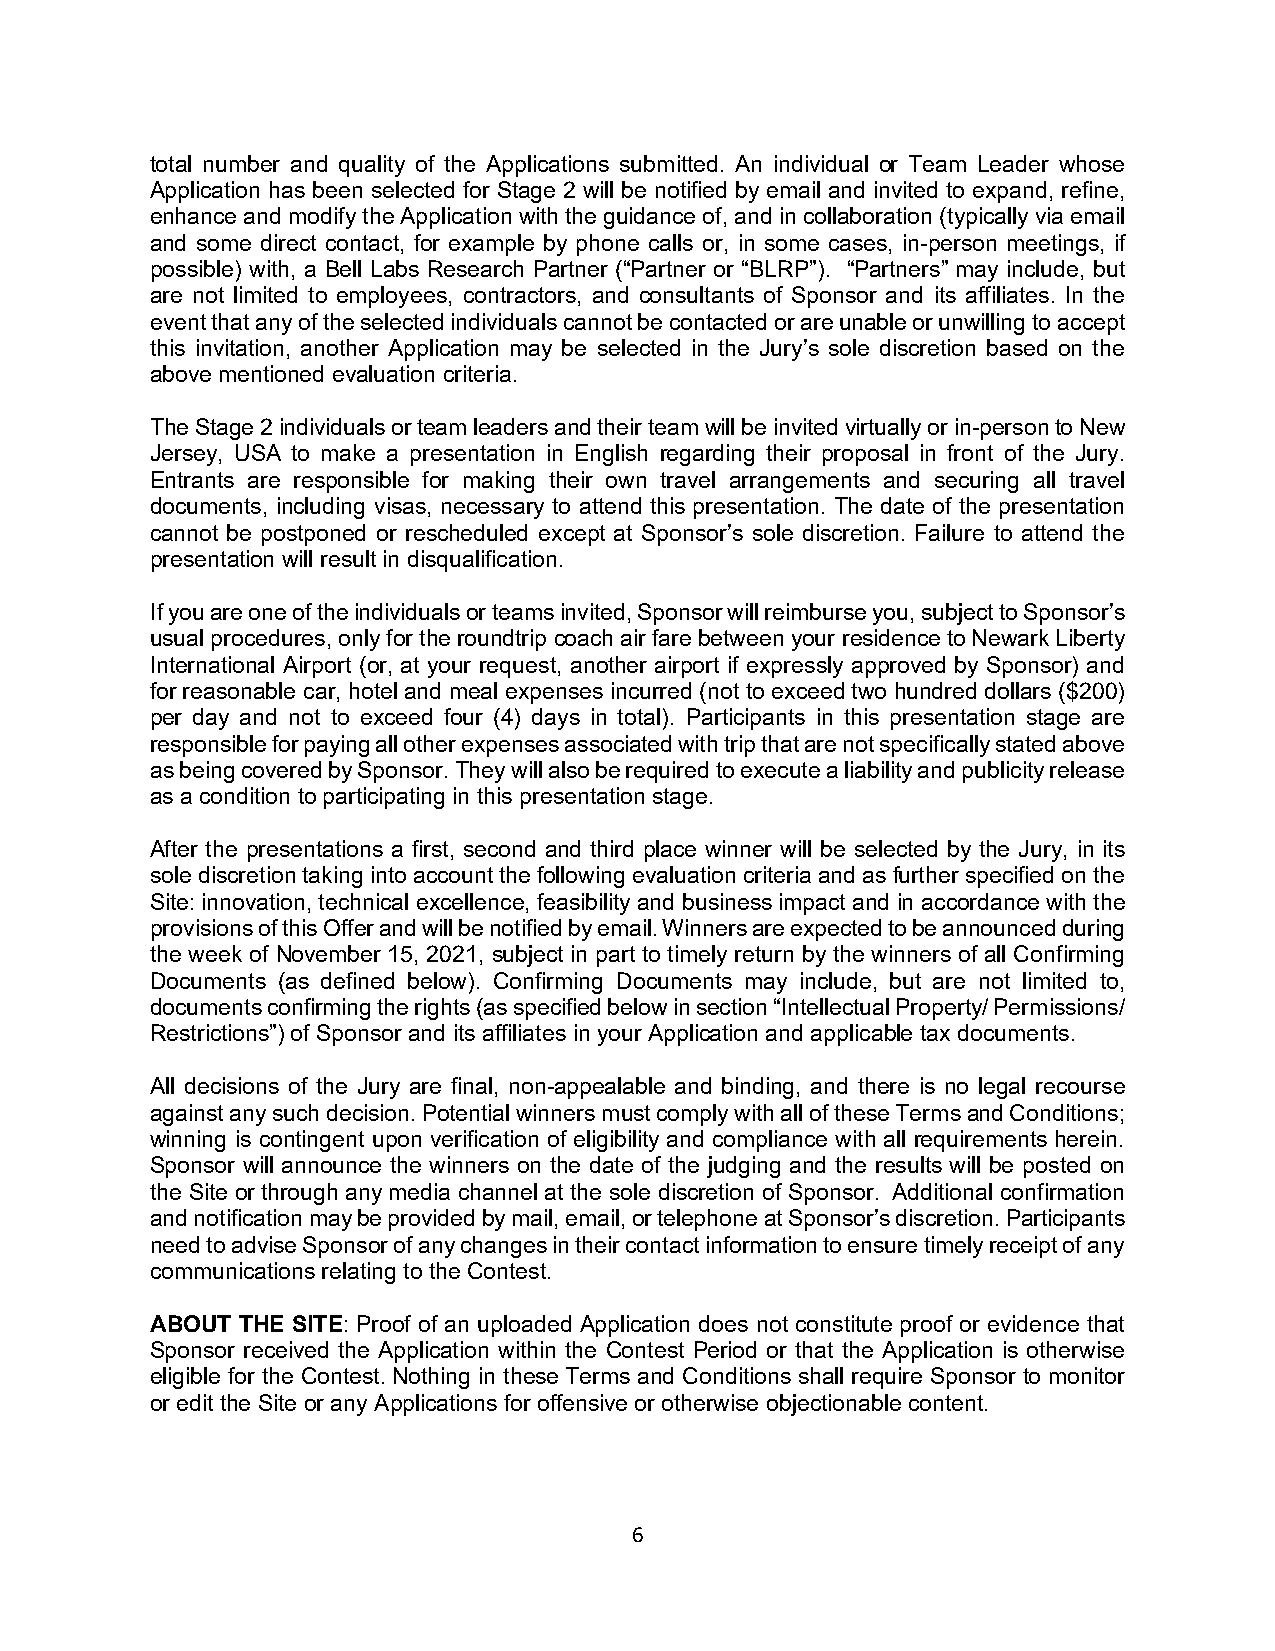
total number and quality of the Applications submitted. An individual or Team Leader whose
 Application has been selected for Stage 2 will be notified by email and invited to expand, refine,
 enhance and modify the Application with the guidance of, and in collaboration (typically via email
 and some direct contact, for example by phone calls or, in some cases, in-person meetings, if
 possible) with, a Bell Labs Research Partner (“Partner or “BLRP”). “Partners” may include, but
 are not limited to employees, contractors, and consultants of Sponsor and its affiliates. In the
 event that any of the selected individuals cannot be contacted or are unable or unwilling to accept
 this invitation, another Application may be selected in the Jury’s sole discretion based on the
 above mentioned evaluation criteria.
 The Stage 2 individuals or team leaders and their team will be invited virtually or in-person to New
 Jersey, USA to make a presentation in English regarding their proposal in front of the Jury.
 Entrants are responsible for making their own travel arrangements and securing all travel
 documents, including visas, necessary to attend this presentation. The date of the presentation
 cannot be postponed or rescheduled except at Sponsor’s sole discretion. Failure to attend the
 presentation will result in disqualification.
 If you are one of the individuals or teams invited, Sponsor will reimburse you, subject to Sponsor’s
 usual procedures, only for the roundtrip coach air fare between your residence to Newark Liberty
 International Airport (or, at your request, another airport if expressly approved by Sponsor) and
 for reasonable car, hotel and meal expenses incurred (not to exceed two hundred dollars ($200)
 per day and not to exceed four (4) days in total). Participants in this presentation stage are
 responsible for paying all other expenses associated with trip that are not specifically stated above
 as being covered by Sponsor. They will also be required to execute a liability and publicity release
 as a condition to participating in this presentation stage.
 After the presentations a first, second and third place winner will be selected by the Jury, in its
 sole discretion taking into account the following evaluation criteria and as further specified on the
 Site: innovation, technical excellence, feasibility and business impact and in accordance with the
 provisions of this Offer and will be notified by email. Winners are expected to be announced during
 the week of November 15, 2021, subject in part to timely return by the winners of all Confirming
 Documents (as defined below). Confirming Documents may include, but are not limited to,
 documents confirming the rights (as specified below in section “Intellectual Property/ Permissions/
 Restrictions”) of Sponsor and its affiliates in your Application and applicable tax documents.
 All decisions of the Jury are final, non-appealable and binding, and there is no legal recourse
 against any such decision. Potential winners must comply with all of these Terms and Conditions;
 winning is contingent upon verification of eligibility and compliance with all requirements herein.
 Sponsor will announce the winners on the date of the judging and the results will be posted on
 the Site or through any media channel at the sole discretion of Sponsor. Additional confirmation
 and notification may be provided by mail, email, or telephone at Sponsor’s discretion. Participants
 need to advise Sponsor of any changes in their contact information to ensure timely receipt of any
 communications relating to the Contest.
 ABOUT THE SITE: Proof of an uploaded Application does not constitute proof or evidence that
 Sponsor received the Application within the Contest Period or that the Application is otherwise
 eligible for the Contest. Nothing in these Terms and Conditions shall require Sponsor to monitor
 or edit the Site or any Applications for offensive or otherwise objectionable content.
 6